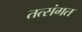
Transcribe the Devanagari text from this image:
तत्संगत